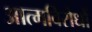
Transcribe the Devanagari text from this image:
आत्मविरोधों